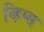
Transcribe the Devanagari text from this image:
व्हिप्स